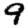
Digit: 9